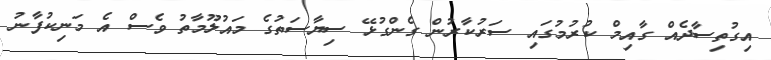
އިގުތިސާދެއް ގާއިމް ކުރުމުގައި ސަރުކާރުން ގެންގުޅޭ ސިޔާސަތުގެ މައުލޫމާތު ވެސް އެ މަނިކުފާނު